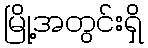
မြို့အတွင်းရှိ